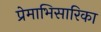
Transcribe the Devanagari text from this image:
प्रेमाभिसारिका